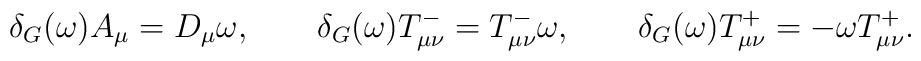
\delta_G(\omega) A_\mu = D_\mu \omega,\qquad\delta_G(\omega) T_{\mu\nu}^- = T_{\mu\nu}^- \omega,\qquad\delta_G(\omega) T_{\mu\nu}^+ = - \omega T_{\mu\nu}^+.